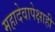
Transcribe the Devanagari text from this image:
महादेवापेक्षाही